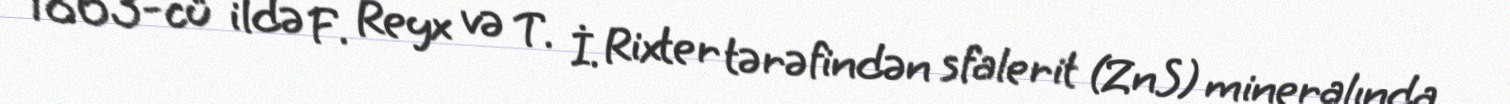
1863-cü ildə F. Reyx və T. İ. Rixter tərəfindən sfalerit (ZnS) mineralında